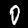
Label: 0